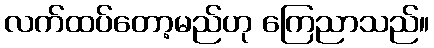
လက်ထပ်တော့မည်ဟု ကြေညာသည်။